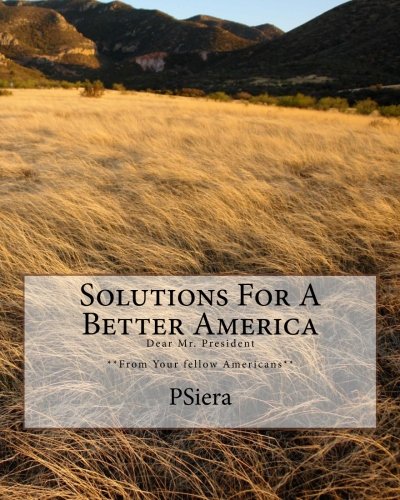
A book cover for Solutions For A Better America: Dear Mr. President **From Your fellow Americans**; PSiera; Crafts, Hobbies & Home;